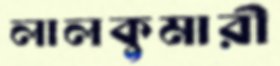
লালকুমারী